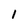
Character: l